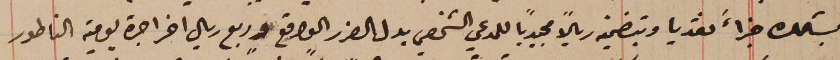
بشلك جزاءً نقديا وبتضمين ريالاً مجيدياً للمدعي الشخصي بدل الضرر الواقع وربع ريال اخر اجرة يومية الناطور